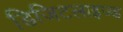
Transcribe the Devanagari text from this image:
डिजिटलाइज्ड